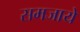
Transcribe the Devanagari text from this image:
समजाये